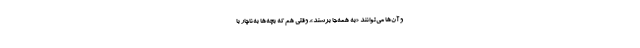
و آن‌ها می‌توانند «به همه‌جا برسند». وقتی هم که بچه‌ها به‌ناچار با